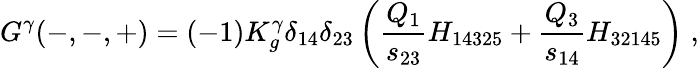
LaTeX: G^{\gamma}(-,-,+)=(-1)K_{g}^{\gamma}\delta_{14}\delta_{23}\left({\frac{Q_{1}}{s_{23}}}H_{14325}+{\frac{Q_{3}}{s_{14}}}H_{32145}\right)\; ,